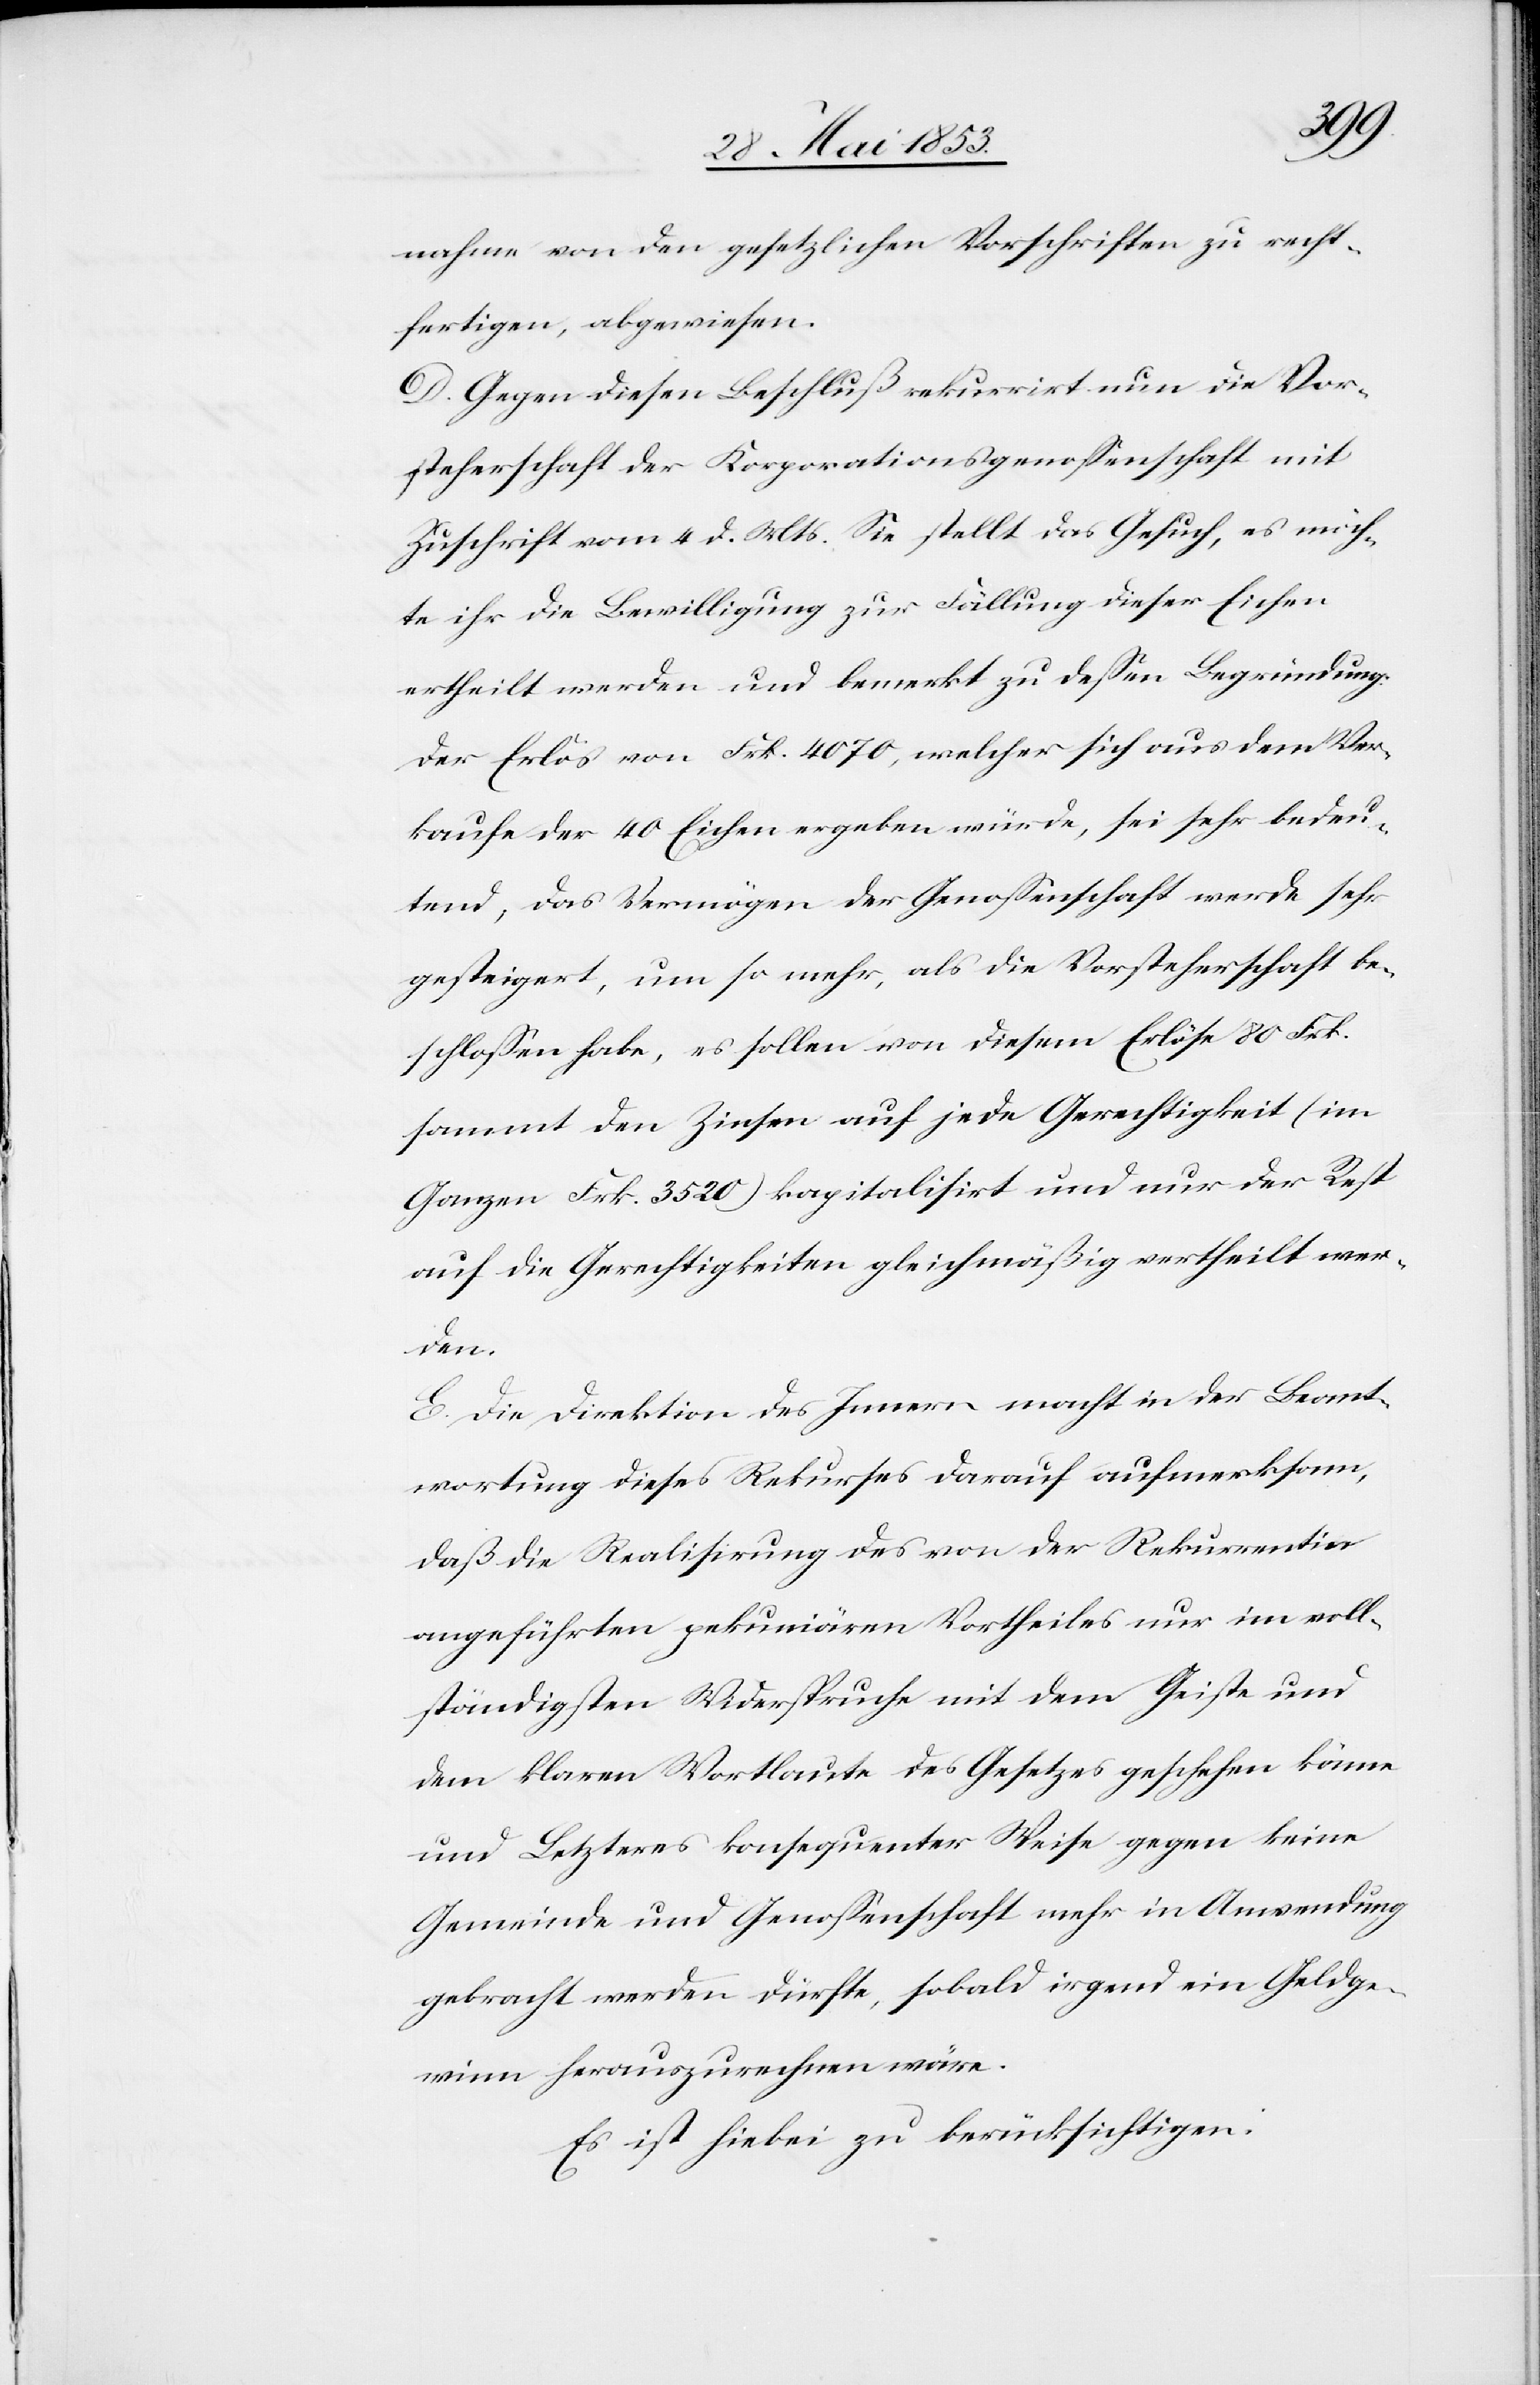
nahmen von den gesetzlichen Vorschriften zu recht¬
fertigen, abgewiesen.
D. Gegen diesen Beschluß rekurrirt nun die Vor¬
steherschaft der Korporationsgenoßenschaft mit
Zuschrift vom 4 d. Mts. Sie stellt das Gesuch, es möch¬
te ihr die Bewilligung zur Fällung dieser Eichen
ertheilt werden und bemerkt zu deßen Begründung:
Der Erlös von Frk. 4070, welcher sich aus dem Ver¬
kaufe der 40 Eichen ergeben würde, sei sehr bedeu¬
tend, das Vermögen der Genoßenschaft werde sehr
gesteigert, um so mehr, als die Vorsteherschaft be¬
schloßen habe, es sollen von diesem Erlöse 80 Frk.
sammt der Zinsen auf jede Gerechtigkeit (im
Ganzen Frk. 3520) kapitalisirt und nur der Rest
auf die Gerechtigkeiten gleichmäßig vertheilt wer¬
den.
E. Die Direktion des Innern macht in der Beant¬
wortung dieses Rekurses darauf aufmerksam,
daß die Realisierung des von der Rekurrentin
angeführten pekuniären Vortheiles nur im voll¬
ständigsten Widerspruche mit dem Geiste und
dem klaren Wortlaute des Gesetzes geschehen könne
und Letzteres konsequenter Weise gegen keine
Gemeinde und Genoßenschaft mehr in Anwendung
gebracht werden dürfte, sobald irgend ein Geldge¬
winn herauszurechnen wäre.
Es ist hiebei zu berücksichtigen: